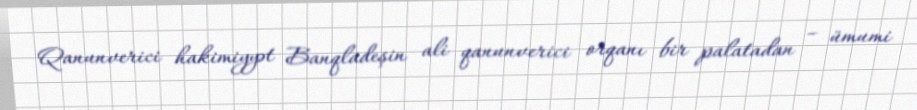
Qanunverici hakimiyyət Banqladeşin ali qanunverici orqanı bir palatadan – ümumi